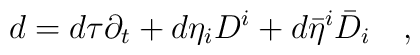
d=d\tau\partial_t+d\eta_i D^i+d\bar\eta^i\bar D_i\quad,